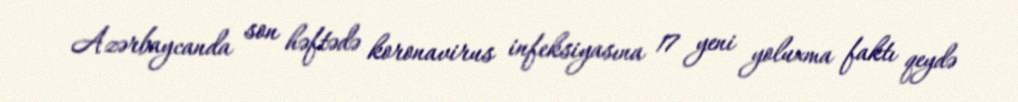
Azərbaycanda son həftədə koronavirus infeksiyasına 17 yeni yoluxma faktı qeydə